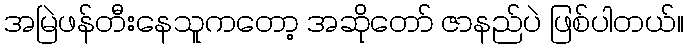
အမြဲဖန်တီးနေသူကတော့ အဆိုတော် ဇာနည်ပဲ ဖြစ်ပါတယ်။